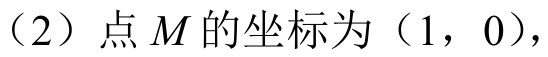
（2）点\(M\)的坐标为（1，0），